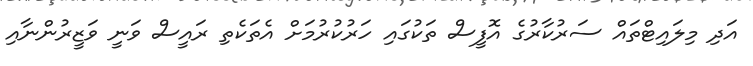
އަދި މިލައިޓްތައް ސަރުކާރުގެ އޮފީސް ތަކުގައި ހަރުކުރުމަށް އެތަކެތި ރައީސް ވަނީ ވަޒީރުންނާއި